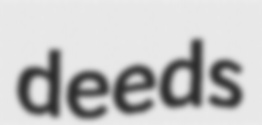
deeds